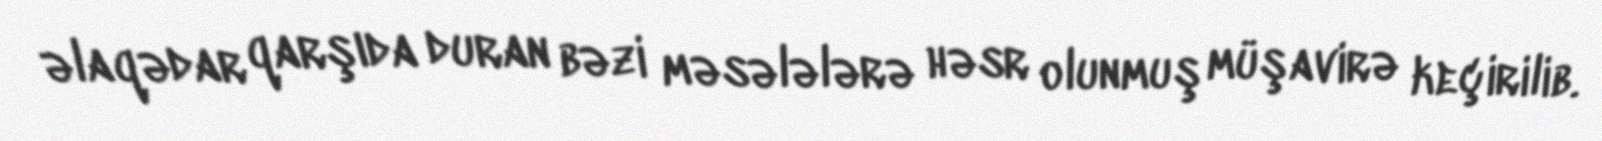
əlaqədar qarşıda duran bəzi məsələlərə həsr olunmuş müşavirə keçirilib.